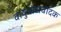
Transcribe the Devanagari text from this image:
वायुवाद्यवादक